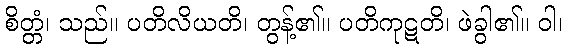
စိတ္တံ၊ သည်။ ပတိလိယတိ၊ တွန့်၏။ ပတိကုဋတိ၊ ဖဲခွါ၏။ ဝါ၊